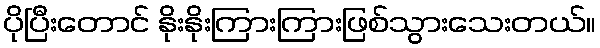
ပိုပြီးတောင် နိုးနိုးကြားကြားဖြစ်သွားသေးတယ်။